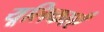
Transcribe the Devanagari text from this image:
यूलिकाएँ